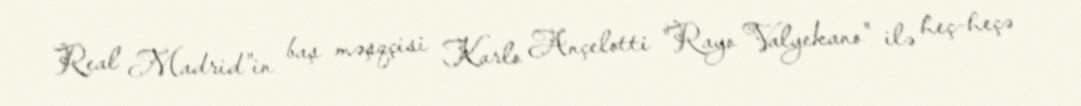
Real Madrid"in baş məşqçisi Karlo Ançelotti "Rayo Valyekano" ilə heç-heçə